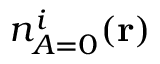
{ n _ { A = 0 } ^ { i } ( \mathbf { r } ) }